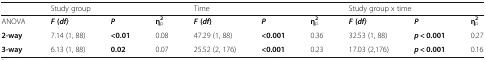
<table><thead><tr><td></td><td colspan="3"><b>Study group</b></td><td colspan="3"><b>Time</b></td><td colspan="3"><b>Study group x time</b></td></tr></thead><tbody><tr><td>ANOVA</td><td><b><i>F</i></b><b>(</b><b><i>df)</i></b></td><td><b><i>P</i></b></td><td><b>η</b><sub>p</sub><sup><b>2</b></sup></td><td><b><i>F</i></b><b>(</b><b><i>df</i></b><b>)</b></td><td><b><i>P</i></b></td><td><b>η</b><sub>p</sub><sup><b>2</b></sup></td><td><b><i>F</i></b><b>(</b><b><i>df)</i></b></td><td><b><i>P</i></b></td><td><b>η</b><sub>p</sub><sup><b>2</b></sup></td></tr><tr><td><b>2-way</b></td><td>7.14 (1, 88)</td><td><b>&lt;0.01</b></td><td>0.08</td><td>47.29 (1, 88)</td><td><b>&lt;0.001</b></td><td>0.36</td><td>32.53 (1, 88)</td><td><b><i>p</i></b> <b>&lt; 0.001</b></td><td>0.27</td></tr><tr><td><b>3-way</b></td><td>6.13 (1, 88)</td><td><b>0.02</b></td><td>0.07</td><td>25.52 (2, 176)</td><td><b>&lt;0.001</b></td><td>0.23</td><td>17.03 (2,176)</td><td><b><i>p</i></b> <b>&lt; 0.001</b></td><td>0.16</td></tr></tbody></table>